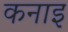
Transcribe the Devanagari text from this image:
कनाइ